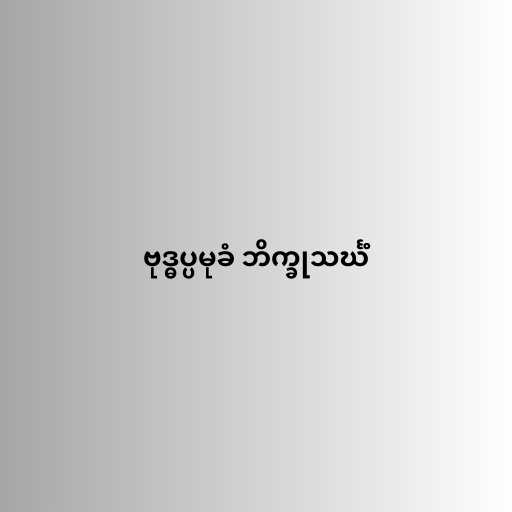
ဗုဒ္ဓပ္ပမုခံ ဘိက္ခုသင်္ဃံ